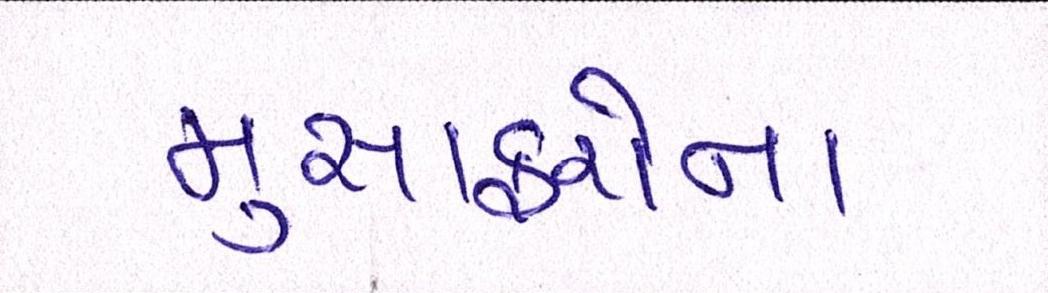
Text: મુસાફરોના